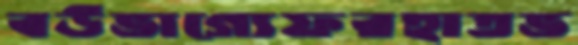
বউভাগ্যেফরহাতভ